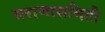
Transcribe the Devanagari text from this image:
भराणासमिती